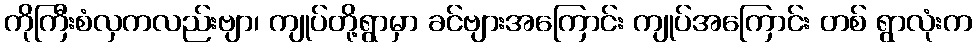
ကိုကြီးစံလှကလည်းဗျာ၊ ကျုပ်တို့ရွာမှာ ခင်ဗျားအကြောင်း ကျုပ်အကြောင်း တစ် ရွာလုံးက